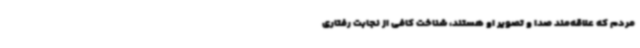
مردم که علاقه‌مند صدا و تصویر او هستند، شناخت کافی از نجابت رفتاری